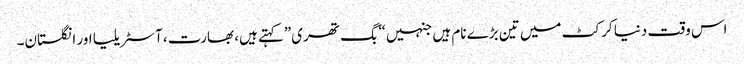
اس وقت دنیا کرکٹ میں تین بڑے نام ہیں جنہیں “بگ تھری”کہتے ہیں، بھارت، آسٹریلیا اور انگلستان۔